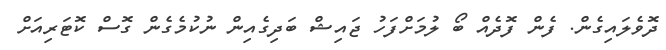
ދޮވެލައިގެން. ފެން ފޮދެއް ބޯ ލުމަށްފަހު ޖައިޝް ބަދިގެއިން ނުކުމެގެން ގޮސް ކޮޓަރިއަށް